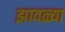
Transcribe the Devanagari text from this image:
झावळ्या